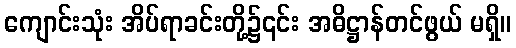
ကျောင်းသုံး အိပ်ရာခင်းတို့၌၎င်း အဓိဋ္ဌာန်တင်ဖွယ် မရှိ။